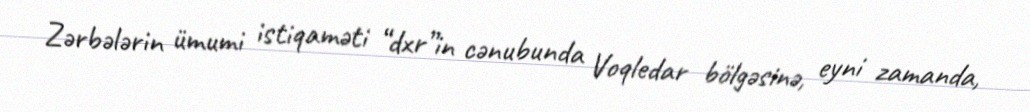
Zərbələrin ümumi istiqaməti “dxr”in cənubunda Voqledar bölgəsinə, eyni zamanda,